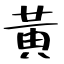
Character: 黃